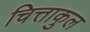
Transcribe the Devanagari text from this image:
चित्ताकुल